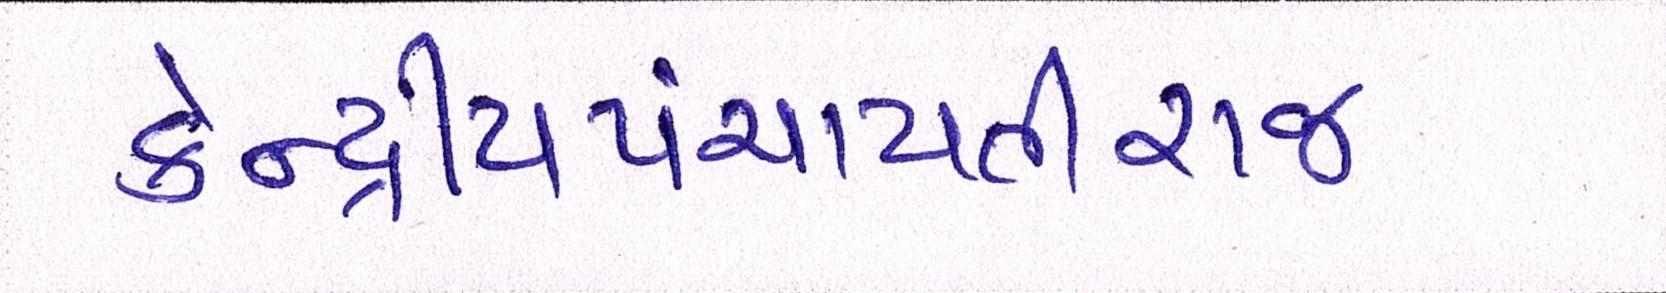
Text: કેન્દ્રીયપંચાયતીરાજ